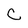
Character: C